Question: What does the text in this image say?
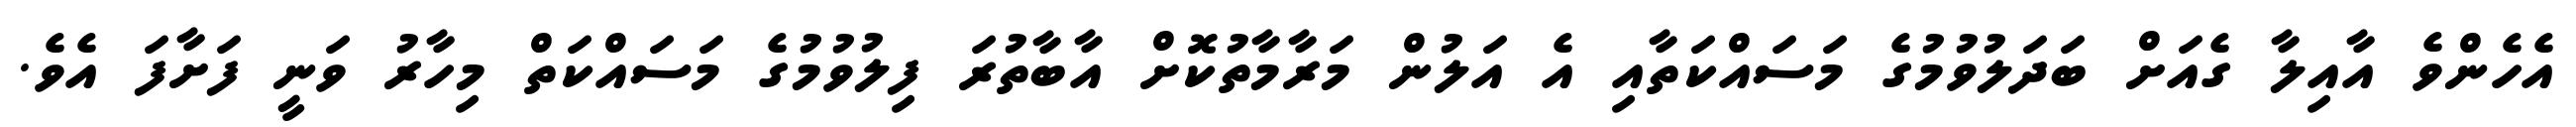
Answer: އެހެންވެ އާއިލާ ގެއަށް ބަދަލުވުމުގެ މަސައްކަތާއި އެ އަލުން މަރާމާތުކޮށް އާބާތުރަ ފިލުވުމުގެ މަސައްކަތް މިހާރު ވަނީ ފަށާފަ އެވެ.